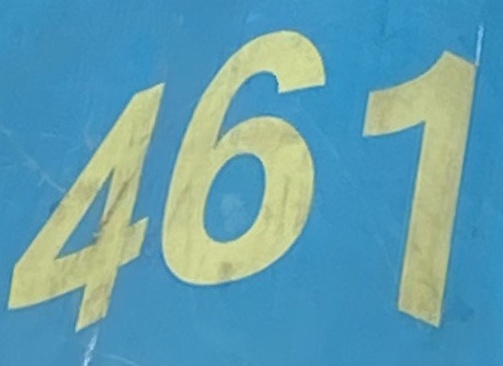
461